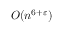
O ( n ^ { 6 + \varepsilon } )